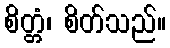
စိတ္တံ၊ စိတ်သည်။